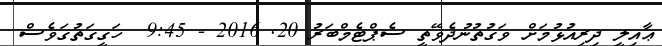
ޢާއިލީ ދިރިއުޅުމަށްް ވަގުތުނުދެވޭތީ ސެޕްޓެމްބަރު 20